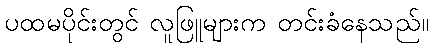
ပထမပိုင်းတွင် လူဖြူများက တင်းခံနေသည်။